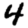
Digit: 4